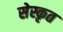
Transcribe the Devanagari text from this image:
सेस्कृत